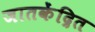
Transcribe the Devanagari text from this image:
जातकेंद्रित